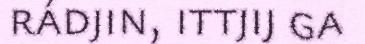
rádjin, ittjij ga